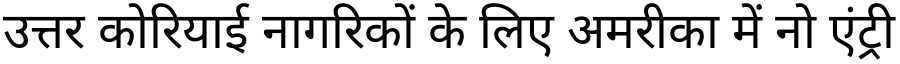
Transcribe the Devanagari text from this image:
उत्तर कोरियाई नागरिकों के लिए अमरीका में नो एंट्री